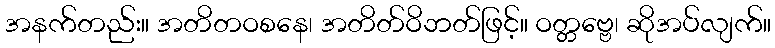
အနက်တည်း။ အတိတဝစနေ၊ အတိတ်ဝိဘတ်ဖြင့်။ ဝတ္တဗ္ဗေ၊ ဆိုအပ်လျက်။